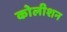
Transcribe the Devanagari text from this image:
कोलीशन